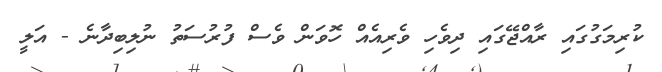
ކުރިމަގުގައި ރާއްޖޭގައި ދިވެހި ވެރިއެއް ހޮވަން ވެސް ފުރުސަތު ނުލިބިދާނެ - އަލީ